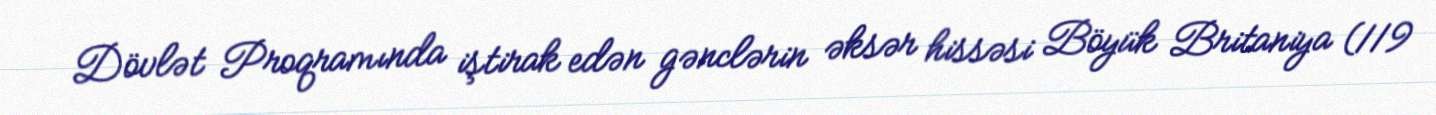
Dövlət Proqramında iştirak edən gənclərin əksər hissəsi Böyük Britaniya (119